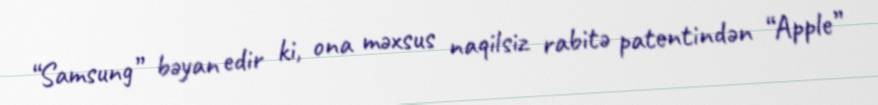
“Samsung” bəyan edir ki, ona məxsus naqilsiz rabitə patentindən “Apple”